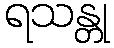
ရသန္တု